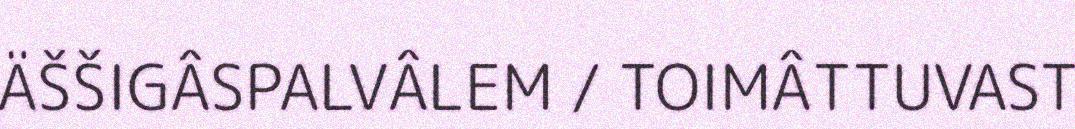
ÄŠŠIGÂSPALVÂLEM / TOIMÂTTUVAST